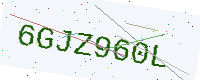
Text: 6GJZ960L